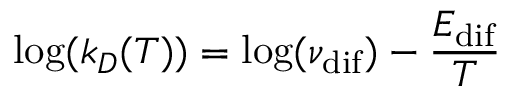
\log ( k _ { D } ( T ) ) = \log ( \nu _ { \mathrm { d i f } } ) - \frac { E _ { \mathrm { d i f } } } { T }